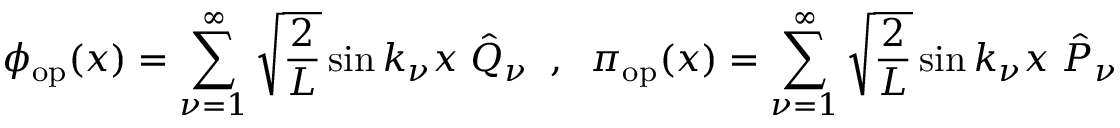
\phi _ { \mathrm { o p } } ( x ) = \sum _ { \nu = 1 } ^ { \infty } \sqrt { \frac { 2 } { L } } \sin k _ { \nu } x \; \hat { Q } _ { \nu } \; \; , \; \; \pi _ { \mathrm { o p } } ( x ) = \sum _ { \nu = 1 } ^ { \infty } \sqrt { \frac { 2 } { L } } \sin k _ { \nu } x \; \hat { P } _ { \nu }